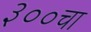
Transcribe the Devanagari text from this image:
३००चा